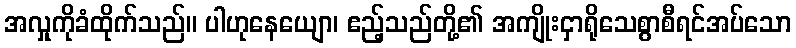
အလှုကိုခံထိုက်သည်။ ပါဟုနေယျော၊ ဧည့်သည်တို့၏ အကျိုးငှာရိုသေစွာစီရင်အပ်သော